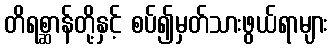
တိရစ္ဆာန်တို့နှင့် စပ်၍မှတ်သားဖွယ်ရာများ